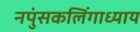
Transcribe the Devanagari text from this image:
नपुंसकलिंगाध्याय